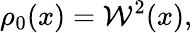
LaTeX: \rho_{0}(x)=\mathcal{W}^{2}(x),